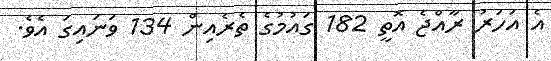
އެ އަހަރު ރާއްޖެ އޮތީ 182 ގައުމުގެ ތެރެއިން 134 ވަނައިގަ އެވެ.